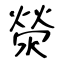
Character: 滎